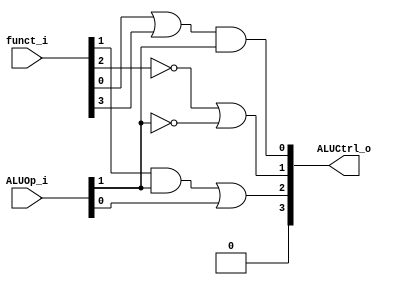
//Subject:     CO project 5 - ALU Controller
//--------------------------------------------------------------------------------
//Version:     1
//--------------------------------------------------------------------------------
//Writer:      0510513 
//----------------------------------------------
//Date:        
//----------------------------------------------
//Description: 
//--------------------------------------------------------------------------------

module ALU_Ctrl(
          funct_i,
          ALUOp_i,
          ALUCtrl_o
          );
          
//I/O ports 
input      [6-1:0] funct_i;
input      [2-1:0] ALUOp_i;

output     [4-1:0] ALUCtrl_o;    
     
//Internal Signals
reg        [4-1:0] ALUCtrl_o;

//Parameter

       
//Select exact operation
always @(funct_i) begin
ALUCtrl_o[0]<=(funct_i[0]|funct_i[3])&ALUOp_i[1];
ALUCtrl_o[1]<=(!funct_i[2])|(!ALUOp_i[1]);
ALUCtrl_o[2]<=(funct_i[1]&ALUOp_i[1])|ALUOp_i[0];
ALUCtrl_o[3]<=0;
end

endmodule